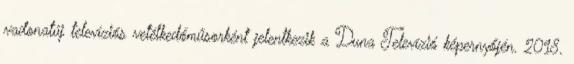
vadonatúj televíziós vetélkedőműsorként jelentkezik a Duna Televízió képernyőjén. 2018.